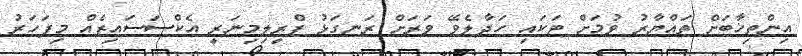
އިންތިޚާބަށް ތައްޔާރު ވުމަށް ޓަކައި ހަދާލެވޭ ވަރަށް ރަނގަޅު ޕްރިލިމިނަރީ އެކްސަސައިޒެއް މިފަހަރު